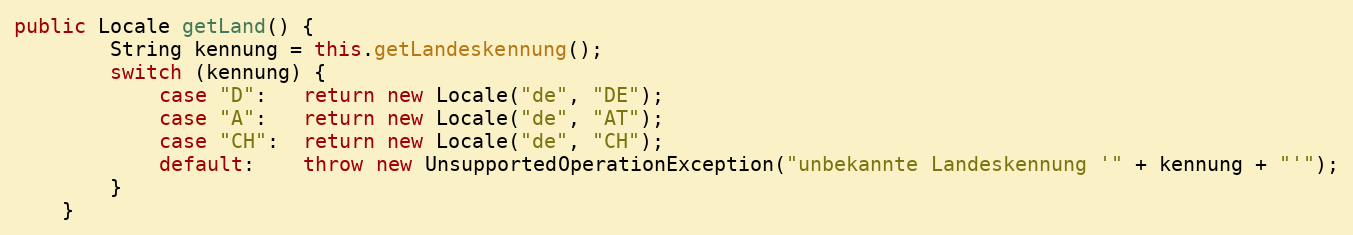
Language: Java
public Locale getLand() {
        String kennung = this.getLandeskennung();
        switch (kennung) {
            case "D":   return new Locale("de", "DE");
            case "A":   return new Locale("de", "AT");
            case "CH":  return new Locale("de", "CH");
            default:    throw new UnsupportedOperationException("unbekannte Landeskennung '" + kennung + "'");
        }
    }